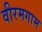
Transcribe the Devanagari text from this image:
वीरमगाम